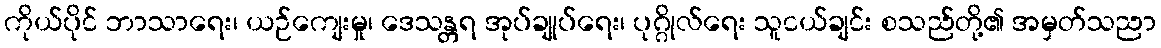
ကိုယ်ပိုင် ဘာသာရေး၊ ယဉ်ကျေးမှု၊ ဒေသန္တရ အုပ်ချုပ်ရေး၊ ပုဂ္ဂိုလ်ရေး သူငယ်ချင်း စသည်တို့၏ အမှတ်သညာ